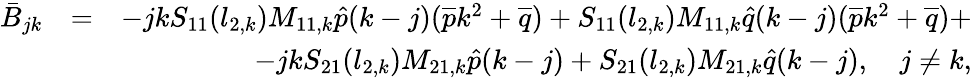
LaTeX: \begin{array}{rlr}{\bar{B}_{jk}}&{=}&{-jkS_{11}(l_{2,k})M_{11,k}\hat{p}(k-j)(\overline{{p}}k^{2}+\overline{{q}})+S_{11}(l_{2,k})M_{11,k}\hat{q}(k-j)(\overline{{p}}k^{2}+\overline{{q}})+}\\ &{}&{-jkS_{21}(l_{2,k})M_{21,k}\hat{p}(k-j)+S_{21}(l_{2,k})M_{21,k}\hat{q}(k-j),\quad j\neq k,}\end{array}